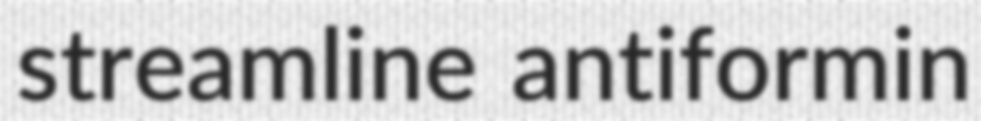
streamline antiformin